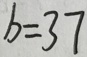
b = 3 7